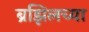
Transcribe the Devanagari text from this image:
ब्रझिलच्या